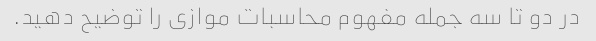
در دو تا سه جمله مفهوم محاسبات موازی را توضیح دهید.